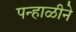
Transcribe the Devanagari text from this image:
पन्हाळीने